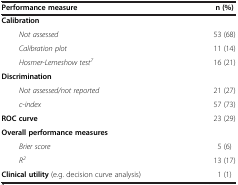
<table><thead><tr><td><b>Performance measure</b></td><td><b>n (%)</b></td></tr></thead><tbody><tr><td><b>Calibration</b></td><td> </td></tr><tr><td><i>Not assessed</i></td><td>53 (68)</td></tr><tr><td><i>Calibration plot</i></td><td>11 (14)</td></tr><tr><td><i>Hosmer-Lemeshow test</i><sup><i>7</i></sup></td><td>16 (21)</td></tr><tr><td><b>Discrimination</b></td><td> </td></tr><tr><td><i>Not assessed/not reported</i></td><td>21 (27)</td></tr><tr><td><i>c-index</i></td><td>57 (73)</td></tr><tr><td><b>ROC curve</b></td><td>23 (29)</td></tr><tr><td><b>Overall performance measures</b></td><td> </td></tr><tr><td><i>Brier score</i></td><td>5 (6)</td></tr><tr><td><i>R</i><sup><i>2</i></sup></td><td>13 (17)</td></tr><tr><td><b>Clinical utility</b> (e.g. decision curve analysis)</td><td>1 (1)</td></tr></tbody></table>